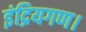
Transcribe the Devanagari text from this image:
इंद्रियगण।